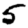
Digit: 5